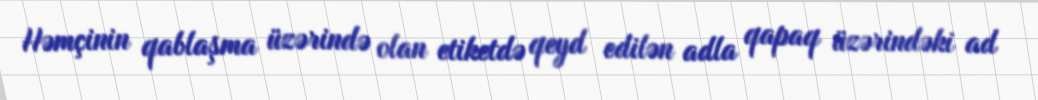
Həmçinin qablaşma üzərində olan etiketdə qeyd edilən adla qapaq üzərindəki ad